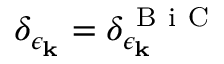
\delta _ { \epsilon _ { \bf k } } = \delta _ { \epsilon _ { \bf k } } ^ { \mathrm { ~ B ~ i ~ C ~ } }